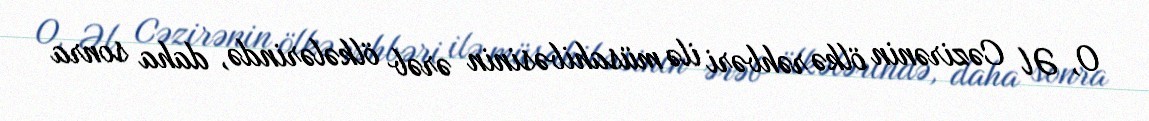
O, Əl Cəzirənin ölkə rəhbəri ilə müsahibəsinin ərəb ölkələrində, daha sonra